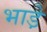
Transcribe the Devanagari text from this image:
भाडे़